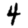
Digit: 4